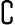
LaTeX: \complement